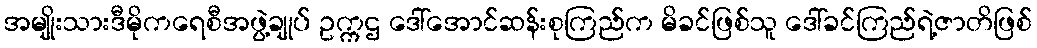
အမျိုးသားဒီမိုကရေစီအဖွဲ့ချုပ် ဥက္ကဌ ဒေါ်အောင်ဆန်းစုကြည်က မိခင်ဖြစ်သူ ဒေါ်ခင်ကြည်ရဲ့ဇာတိဖြစ်